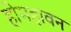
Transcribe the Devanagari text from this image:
होमहावन